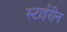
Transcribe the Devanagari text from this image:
स्टाईरीन